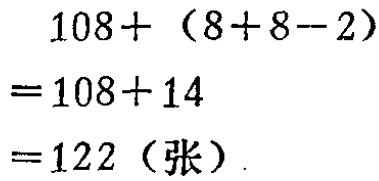
\[
\begin{align*}
&108+(8 + 8 - 2)\\
=&108 + 14\\
=&122 (\text{张})
\end{align*}
\]